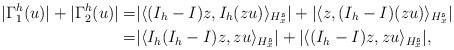
LaTeX: \begin{align*} |\Gamma_1^h(u)|+|\Gamma_2^h(u)|=&|\langle(I_h -I)z,I_h (z u)\rangle_{H_x^\mathfrak{s}}|+|\langle z,(I_h -I)(z u)\rangle_{H_x^\mathfrak{s}}|\\ =&|\langle I_h (I_h -I)z,z u\rangle_{H_x^\mathfrak{s}}|+|\langle (I_h -I)z,z u\rangle_{H_x^\mathfrak{s}}|,\end{align*}